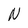
Character: N